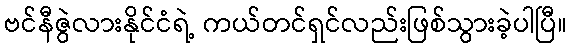
ဗင်နီဇွဲလားနိုင်ငံရဲ့ ကယ်တင်ရှင်လည်းဖြစ်သွားခဲ့ပါပြီ။